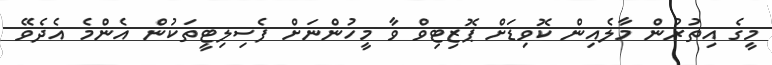
މީގެ އިތުރުން މާލެއިން ކޮވިޑަށް ޕޮޒިޓިވް ވާ މީހުންނަށް ފެސިލިޓީތަކުން އެންމެ އެދެވޭ